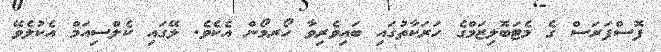
ފޮސްފަރަސް ގެ މެޓަބޮލިޒަމްގެ ހަރަކާތުގައި ބައިވެރިވާ ހޯރމޯން އެކެވެ. ލޭގައި ކެލްސިއަމް އެކުލެވޭ